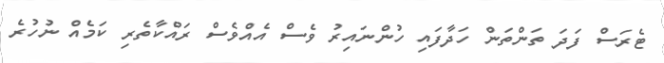
ޓެރަސް ފަދަ ތަންތަން ހަދާފައި ހުންނައިރު ވެސް އެއްވެސްް ރައްކާތެރި ކަމެއް ނުހުރެ